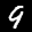
Label: 9